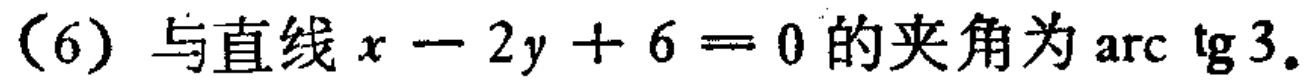
(6) 与直线 \(x - 2y + 6 = 0\) 的夹角为 \(\arctan 3\).